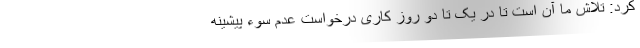
کرد: تلاش ما آن است تا در یک تا دو روز کاری درخواست عدم سوء پیشینه